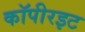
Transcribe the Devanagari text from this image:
कॉपीरइट